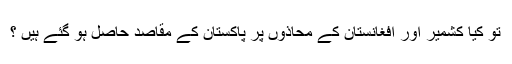
تو کیا کشمیر اور افغانستان کے محاذوں پر پاکستان کے مقاصد حاصل ہو گئے ہیں ؟